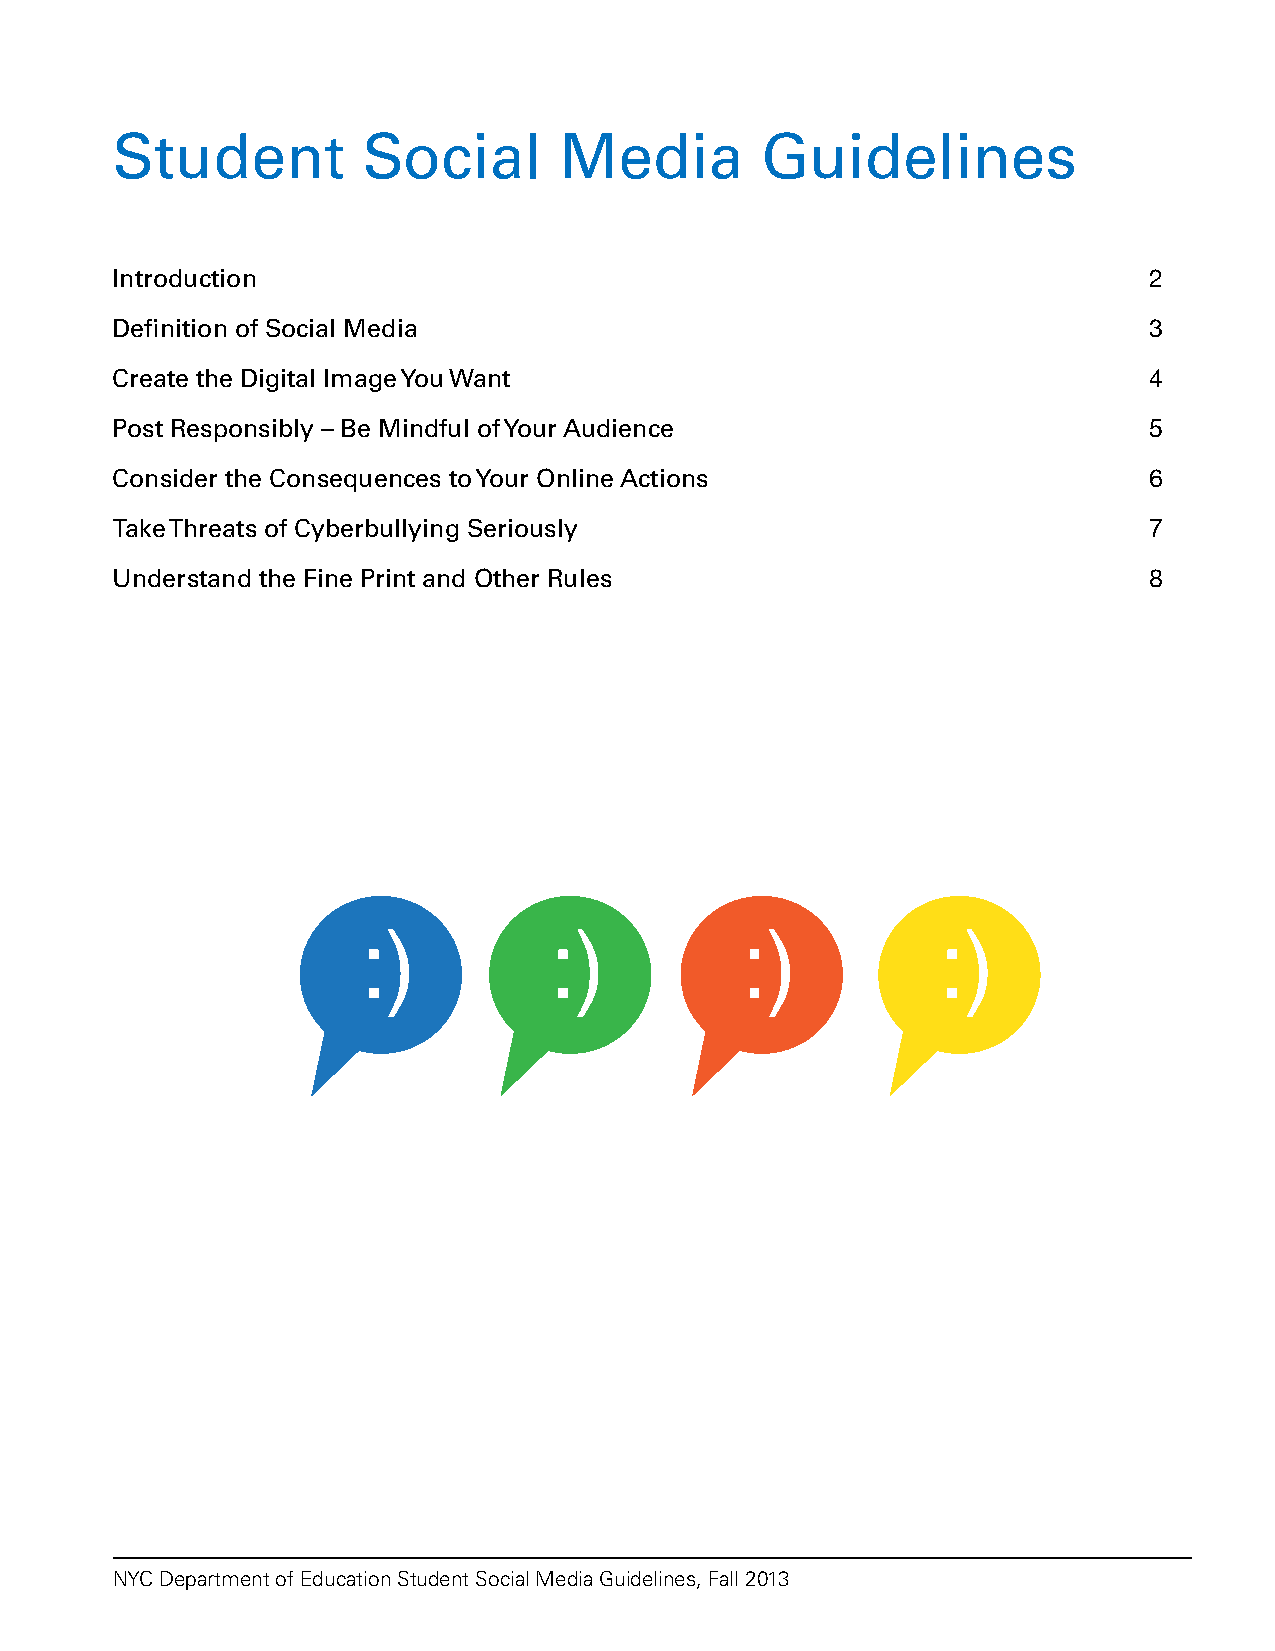
Student          Social       Media        Guidelines
 Introduction                                                         2
 Definition of Social Media                                           3
 Create the Digital Image You Want                                    4
 Post Responsibly – Be Mindful of Your Audience                       5
 Consider the Consequences to Your Online Actions                     6
 Take Threats of Cyberbullying Seriously                              7
 Understand the Fine Print and Other Rules                            8
 NYC Department of Education Student Social Media Guidelines, Fall 2013